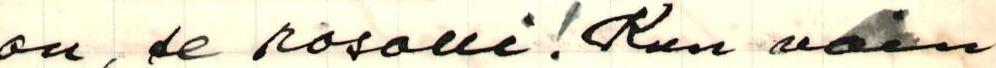
on, se rosolli! Kun vain